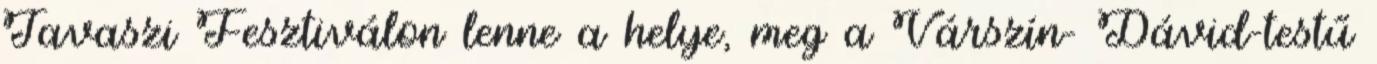
Tavaszi Fesztiválon lenne a helye, meg a Várszín- Dávid-testű